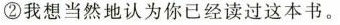
②我想当然地认为你已经读过这本书。